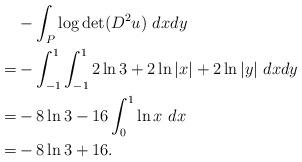
LaTeX: \begin{align*}& - \int_P \log \det (D^2 u) ~ dx dy \\=& -\int_{-1}^1 \int_{-1}^1 2 \ln 3 + 2 \ln |x| + 2 \ln |y| ~ dx dy\\=& - 8 \ln 3 - 16 \int_0^1 \ln x ~ dx\\=& - 8 \ln 3 + 16.\end{align*}